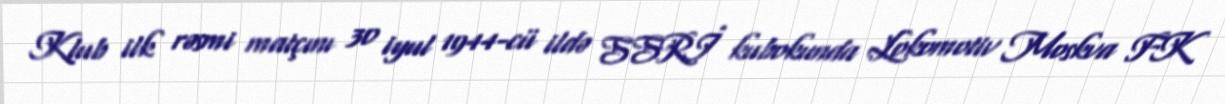
Klub ilk rəsmi matçını 30 iyul 1944-cü ildə SSRİ kubokunda Lokomotiv Moskva FK